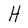
Character: H